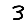
Digit: 3